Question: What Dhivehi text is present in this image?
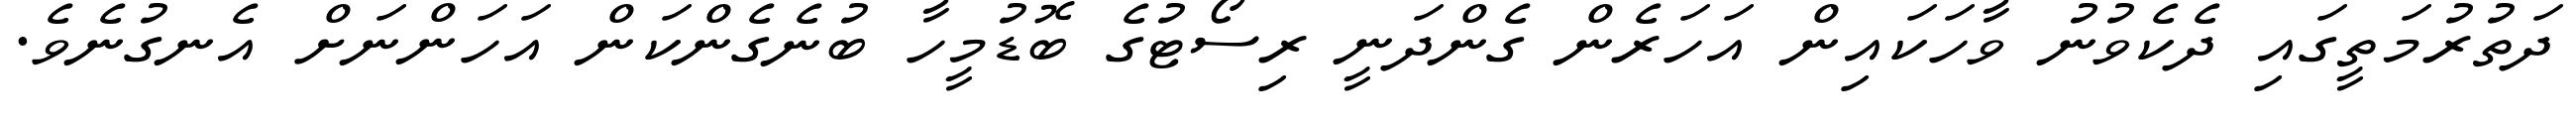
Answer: ދަތުރުމަތީގައި ދެކެވުނު ވާހަކައިން އަހަރެން ގެންދަނީ ރިސޯޓުގެ ބޮޑުމީހާ ބުނެގެންކަން އަހަންނަށް އެނގުނެވެ.